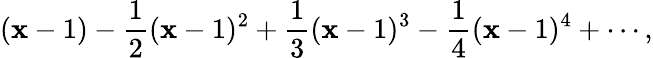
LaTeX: (\mathbf{x}-1)-{\frac{{1}}{{2}}}(\mathbf{x}-1)^{2}+{\frac{{1}}{{3}}}(\mathbf{x}-1)^{3}-{\frac{{1}}{{4}}}(\mathbf{x}-1)^{4}+\cdots,